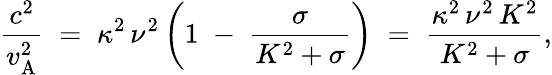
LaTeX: \frac{c^{2}}{v_{\mathrm{A}}^{2}}\; =\; \kappa^{2}\, \nu^{2}\left(1\; -\; \frac{\sigma}{K^{2}+\sigma}\right)\; =\; \frac{\kappa^{2}\, \nu^{2}\, K^{2}}{K^{2}+\sigma},